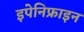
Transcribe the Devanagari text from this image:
इपेनिफ्राइन